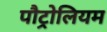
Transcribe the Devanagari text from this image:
पौट्रोलियम